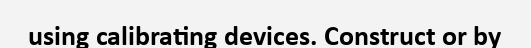
using calibrating devices. Construct or by